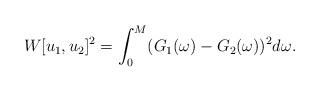
LaTeX: \begin{align*} W[u_1,u_2]^2 = \int_0^M(G_1(\omega)-G_2(\omega))^2 d\omega.\end{align*}